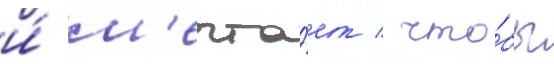
и́ м'ечта́ет / что́бы